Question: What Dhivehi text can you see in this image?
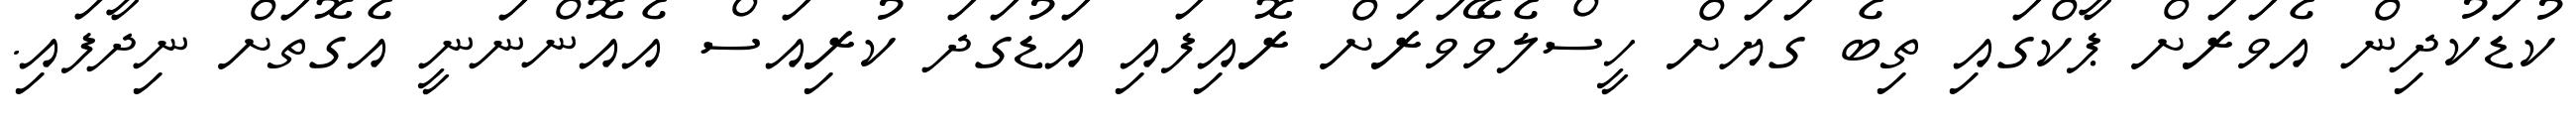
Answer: ކުޑަކުދިން އެވަރަށް ޕާކްގައި ތިބެ ގަޔަށް ހީސްލެވޭވަރަށް ރޮއިފައި އަޑުގަދަ ކުރިއަސް އެއޮންނަނީ އެގޮތަށް ނިދާފައި.